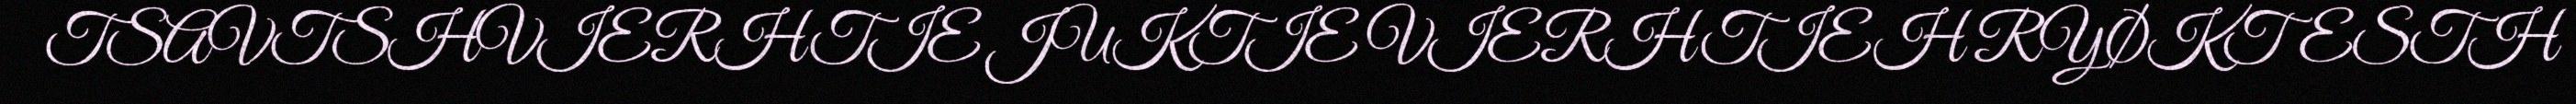
TSAVTSHVIERHTIE JUKTIE VIERHTIEH RYØKTESTH